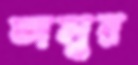
তালুর